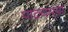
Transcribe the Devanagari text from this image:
पाटचार्‍यां